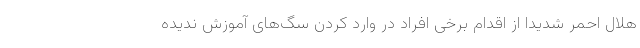
هلال احمر شدیداً از اقدام برخی افراد در وارد کردن سگ‌های آموزش ندیده